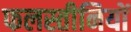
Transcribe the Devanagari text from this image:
फलस्तीनियों